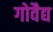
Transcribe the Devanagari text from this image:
गोवैद्य